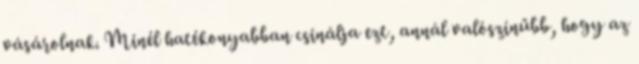
vásárolnak. Minél hatékonyabban csinálja ezt, annál valószínűbb, hogy az